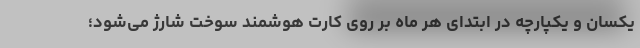
یکسان و یکپارچه در ابتدای هر ماه بر روی کارت هوشمند سوخت شارژ می‌شود؛